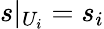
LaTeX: s|_{U_{i}}=s_{i}